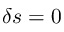
\delta s = 0